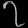
Digit: ၇